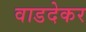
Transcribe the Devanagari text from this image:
वाडदेकर